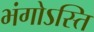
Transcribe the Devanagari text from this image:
भंगोऽस्ति